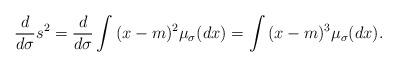
LaTeX: \begin{align*} \frac{d}{d\sigma}s^2 = \frac{d}{d\sigma}\int{(x - m)^2\mu_{\sigma}(dx)} = \int{(x - m)^3\mu_{\sigma}(dx)}.\end{align*}